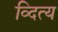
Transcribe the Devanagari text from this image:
व्दित्य